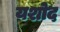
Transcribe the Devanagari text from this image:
यशोद